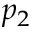
p _ { 2 }